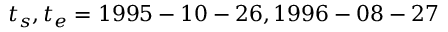
t _ { s } , t _ { e } = 1 9 9 5 - 1 0 - 2 6 , 1 9 9 6 - 0 8 - 2 7